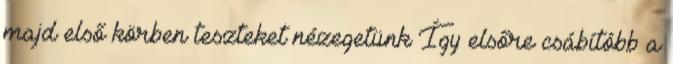
majd első körben teszteket nézegetünk Így elsőre csábítóbb a